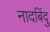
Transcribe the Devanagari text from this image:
नादबिंदु